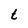
Character: t